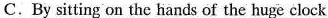
C. By sitting on the hands of the huge clock.